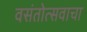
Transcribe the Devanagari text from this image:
वसंतोत्सवाचा